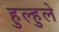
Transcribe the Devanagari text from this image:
हुल्हुले